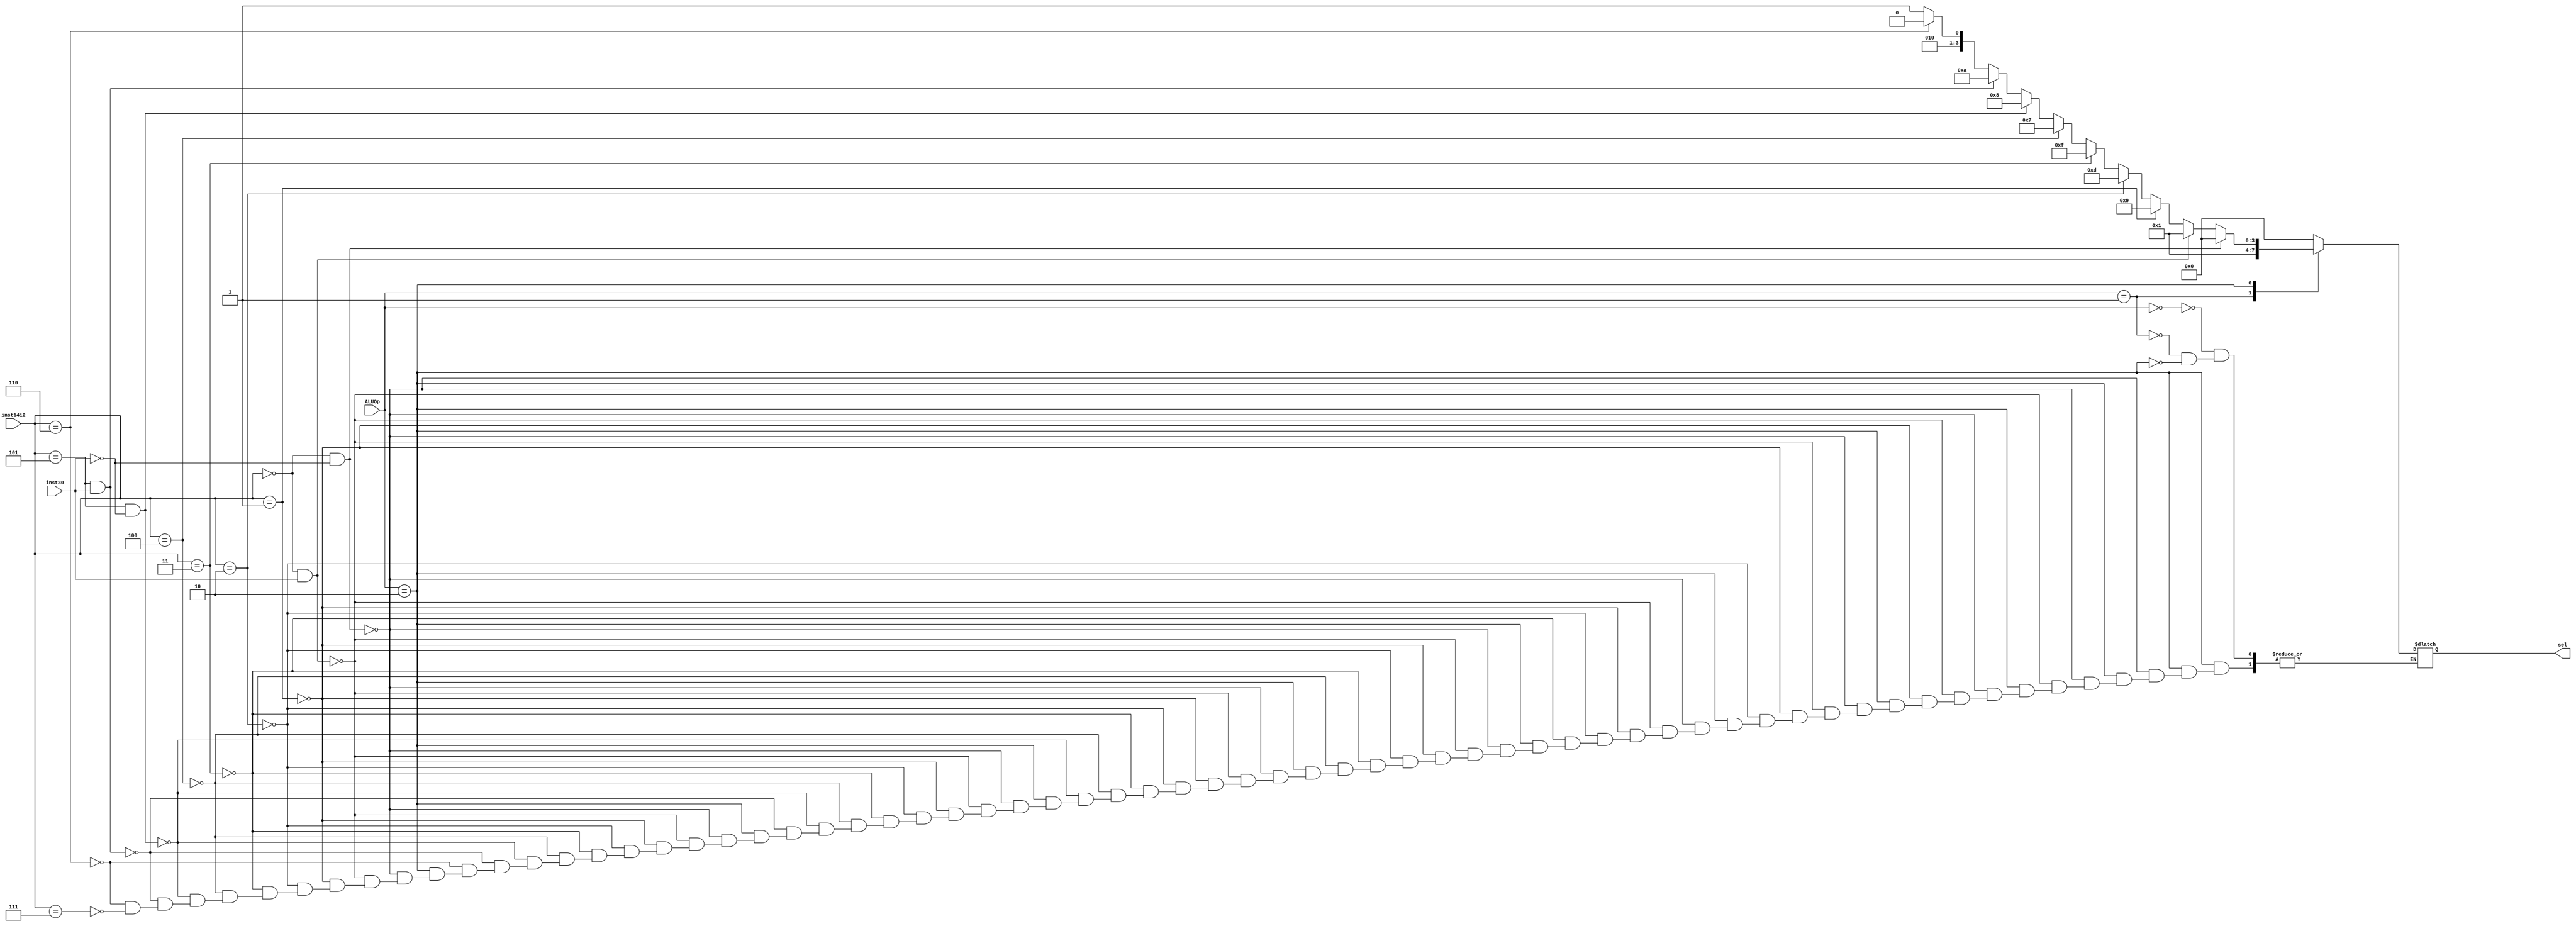
`timescale 1ns / 1ps
/*******************************************************************
*
* Module: ALUControl.v
* Project: RISC-V CPU
* Description: The ALU control unit
* Change history:
* 2/7/19 - We edited the Module
**********************************************************************/
module ALUControl(input [1:0] ALUOp,
input [2:0]inst1412,
input inst30,
output reg [3:0] sel);
always @ * begin
        case (ALUOp)       
        2'b00 : sel = 4'b00_00;
        2'b01 : sel = 4'b00_01;
        2'b10 : begin
        if(inst1412==0 && inst30==0)
            sel = 4'b00_00;
        else if(inst1412==0 && inst30==1)
            sel = 4'b00_01; 
        else if(inst1412==1)
            sel = 4'b10_01;
        else if(inst1412==2)
            sel = 4'b11_01;
        else if(inst1412==3)
            sel = 4'b11_11;
        else if(inst1412==4)
            sel = 4'b01_11;
         else if(inst1412==5 && inst30==0)
            sel = 4'b10_00;
        else if(inst1412==5 && inst30==1)
            sel = 4'b10_10;
        else if(inst1412==6)
            sel = 4'b01_00;
        else if(inst1412==7)
            sel = 4'b01_01;
        end
         endcase
        end
endmodule